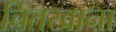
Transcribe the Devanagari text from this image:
चितखाना